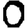
Digit: 0